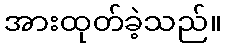
အားထုတ်ခဲ့သည်။